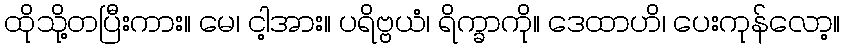
ထိုသို့တပြီးကား။ မေ၊ ငါ့အား။ ပရိဗ္ဗယံ၊ ရိက္ခာကို။ ဒေထာဟိ၊ ပေးကုန်လော့။